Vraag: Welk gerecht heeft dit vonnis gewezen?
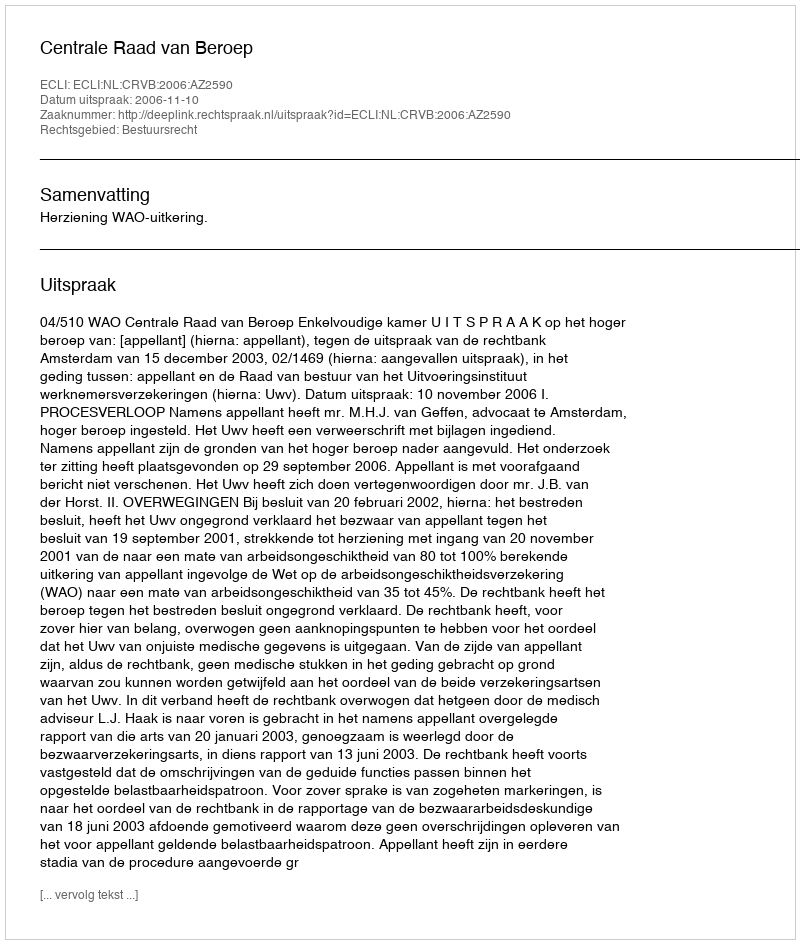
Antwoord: Centrale Raad van Beroep